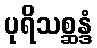
ပုရိသစ္ဆန္ဒံ